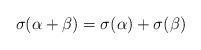
LaTeX: \begin{align*}\sigma(\alpha+\beta)=\sigma(\alpha)+\sigma(\beta)\end{align*}